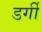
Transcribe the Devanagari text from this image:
डर्गी